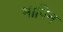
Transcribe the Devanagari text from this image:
मापिन